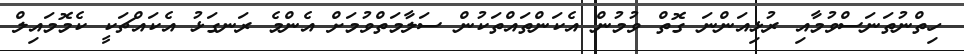
ހިތްނުތަނަސްވުމާއި ރުޅިއަންނަ ގޮތް ވުމުން އެކަންތައްތަކުން ސަލާމަތްވުމަށް އެންމެ ރަނގަޅު އެކައްޗަކީ ކެމޮމައިލް